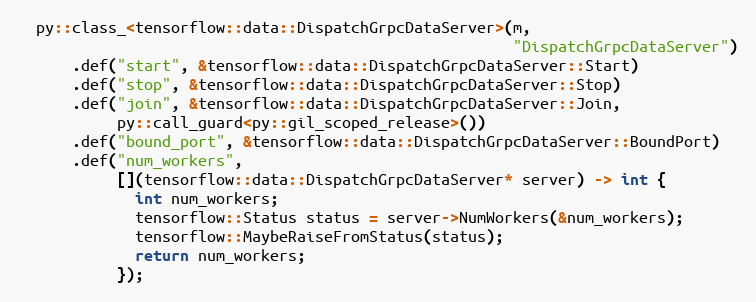
Language: C++
  py::class_<tensorflow::data::DispatchGrpcDataServer>(m,
                                                       "DispatchGrpcDataServer")
      .def("start", &tensorflow::data::DispatchGrpcDataServer::Start)
      .def("stop", &tensorflow::data::DispatchGrpcDataServer::Stop)
      .def("join", &tensorflow::data::DispatchGrpcDataServer::Join,
           py::call_guard<py::gil_scoped_release>())
      .def("bound_port", &tensorflow::data::DispatchGrpcDataServer::BoundPort)
      .def("num_workers",
           [](tensorflow::data::DispatchGrpcDataServer* server) -> int {
             int num_workers;
             tensorflow::Status status = server->NumWorkers(&num_workers);
             tensorflow::MaybeRaiseFromStatus(status);
             return num_workers;
           });